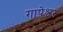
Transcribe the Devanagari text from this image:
गापेश्वर